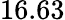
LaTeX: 16.63